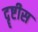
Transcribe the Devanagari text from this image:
दॄष्टीस